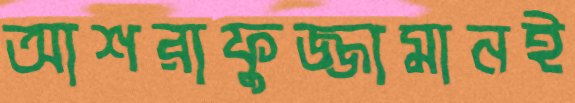
আশরাফুজ্জামানই